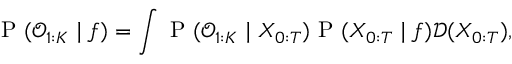
\mathrm { ~ P ~ } ( \mathcal { O } _ { 1 : K } \mid f ) = \int \mathrm { ~ P ~ } ( \mathcal { O } _ { 1 : K } \mid X _ { 0 : T } ) \mathrm { ~ P ~ } ( X _ { 0 : T } \mid f ) \mathcal { D } ( X _ { 0 : T } ) ,